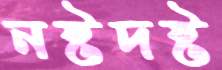
নষ্টদষ্ট